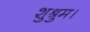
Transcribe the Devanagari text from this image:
शुश्रुम।